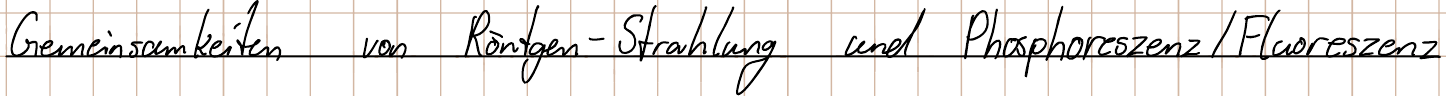
Gemeinsamkeiten von Röntgen - Strahlung und Phosphoreszenz / Fluoreszenz